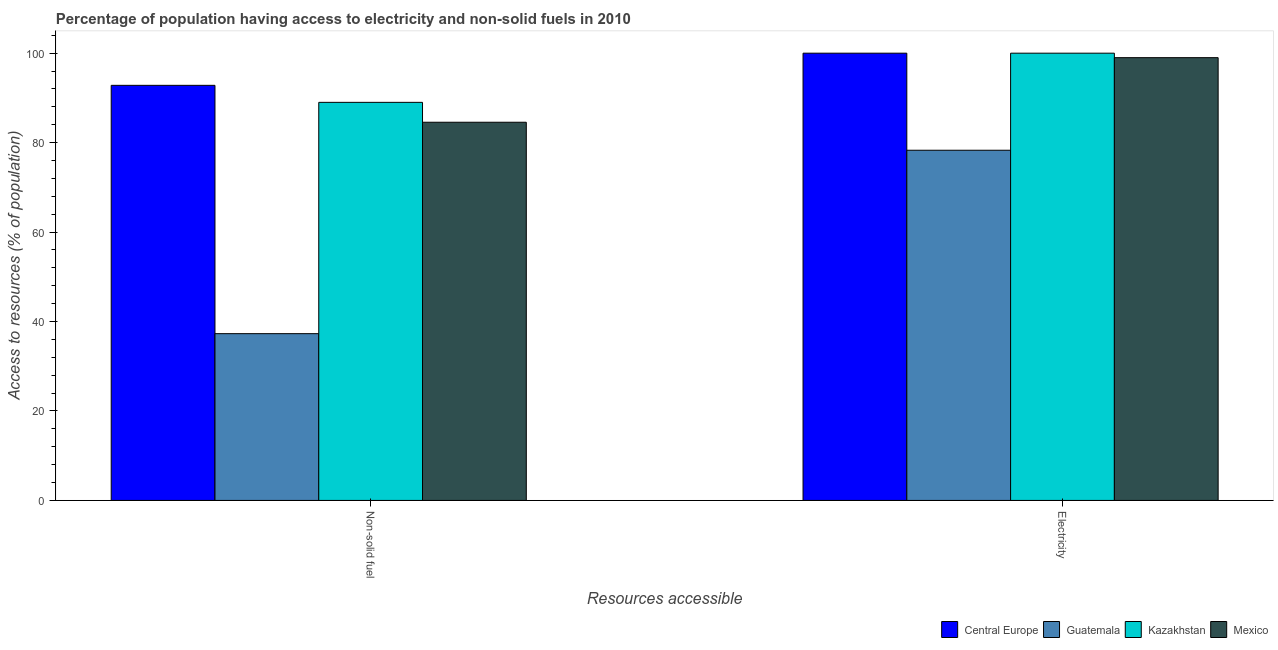
| Resources accessible | Central Europe | Guatemala | Kazakhstan | Mexico |
 | --- | --- | --- | --- | --- |
 | Non-solid fuel | 92.8 | 37.3 | 89 | 84.6 |
 | Electricity | 100 | 78.3 | 100 | 99 |